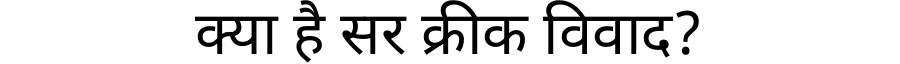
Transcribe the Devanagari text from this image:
क्या है सर क्रीक विवाद?